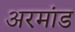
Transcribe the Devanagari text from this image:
अरमांड